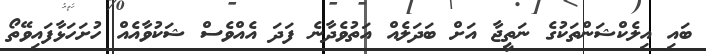
ބައި އިލެކްޝަންތަކުގެ ނަތީޖާ އަށް ބަދަލެއް އަތުވެދާނެ ފަދަ އެއްވެސް ޝަކުވާއެއް ހުށަހަޅާފައިވޭތޯ